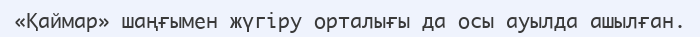
«Қаймар» шаңғымен жүгіру орталығы да осы ауылда ашылған.